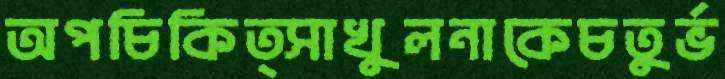
অপচিকিত্সাখুলনাকেচতুর্ভ